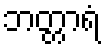
ဘတ္တာရံ